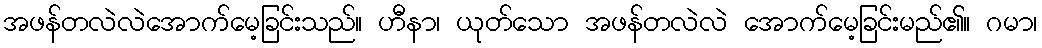
အဖန်တလဲလဲအောက်မေ့ခြင်းသည်။ ဟီနာ၊ ယုတ်သော အဖန်တလဲလဲ အောက်မေ့ခြင်းမည်၏။ ဂမာ၊